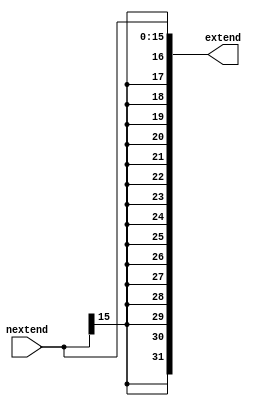
module s_extend(
    input	wire	[15:0] nextend,
    output	reg	[31:0] extend
    );

	always@ * 
	begin
		// Replicate signed bit 16 times then concatinate
		// EX) {n {m}} , replicates m "n" times
		// EX) {4'b1001,4'b10x1} , becomes 100110x1   
		extend <= {{16{nextend[15]}}, nextend};		
	end

endmodule